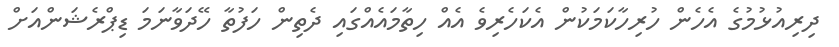
ދިރިއުޅުމުގެ އެހެން ހުރިހާކަމަކުން އެކަހެރިވެ އެއް ހިތާމައެއްގައި ދެތިން ހަފުތާ ހޭދަވާނަމަ ޑިޕްރެޝަންއަށް